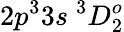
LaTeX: {2p^{3}3s~^{3}D_{2}^{o}}